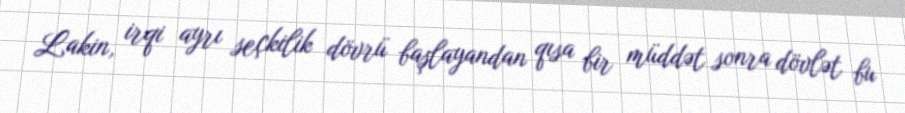
Lakin, irqi ayrı seçkilik dövrü başlayandan qısa bir müddət sonra dövlət bu